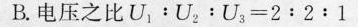
B.电压之比$$U _ { 1 } ：U _ { 2 } ：U _ { 3 } = 2 : 2 : 1$$